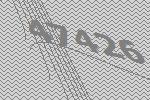
47426